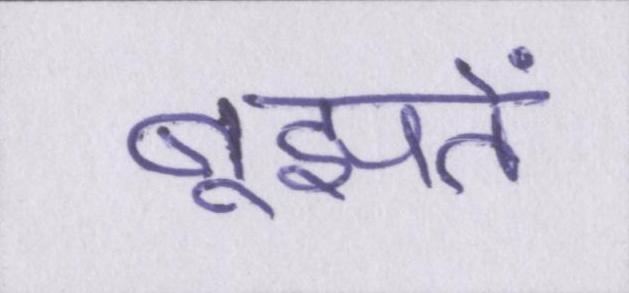
बूझते